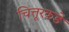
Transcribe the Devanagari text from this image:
चित्तूरकडे